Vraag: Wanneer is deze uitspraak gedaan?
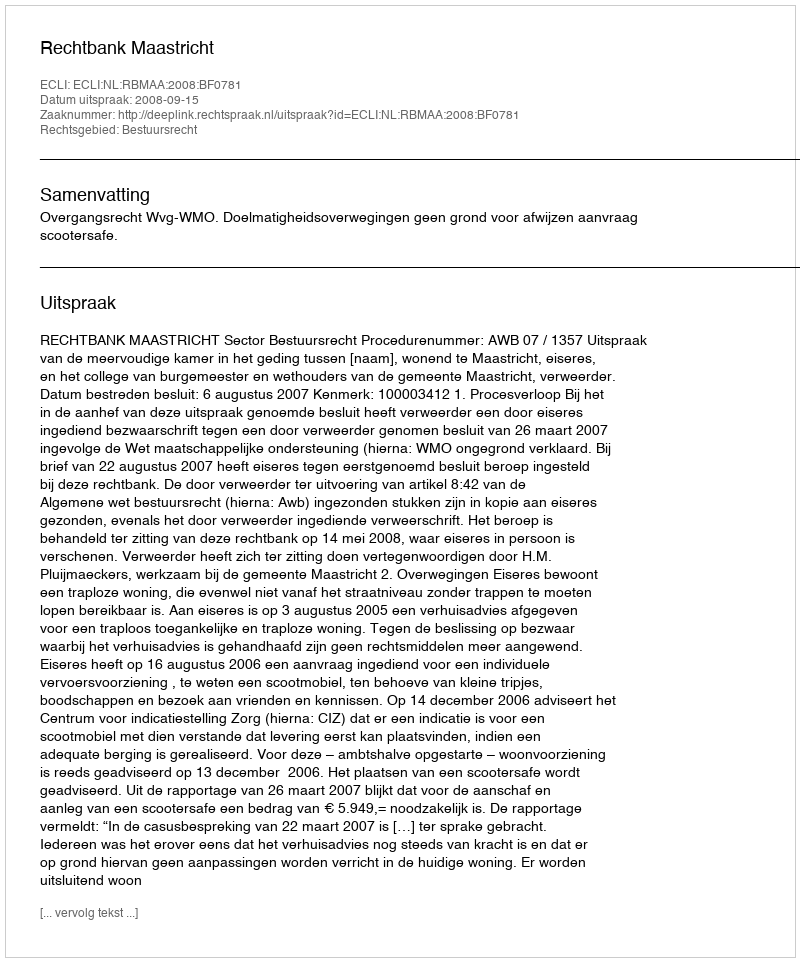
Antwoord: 2008-09-15